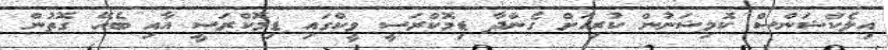
އިލެކްޝަންސް ކޮމިޝަނުން ކުރިއަށް ގެންދާ ޑިމޮކްރަސީ ވީކްގައި ޑިމޮކްރަސީ އާއި ބެހޭ ގޮތުން